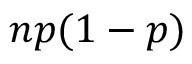
n p ( 1 - p )